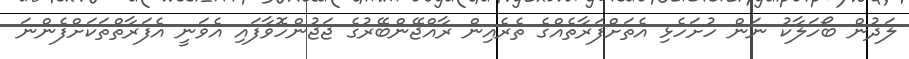
ލަދުން ބޯހަލާކު ނަން ހުށަހެޅި އެތަށްފަރާތެއްގެ ތެރެއިން ރާއްޖޭންބޭރުގެ ޖަޖުންހޮވާފައި އެވަނީ އެފަރާތްތަކަށްފެންނަ